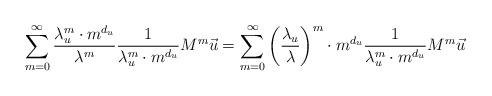
LaTeX: \begin{align*}\sum_{m=0}^{\infty}\frac{\lambda_{u}^m\cdot m^{d_u}}{\lambda^m}\frac{1}{\lambda_{u}^m\cdot m^{d_u}}M^m\vec{u}=\sum_{m=0}^{\infty}\left(\frac{\lambda_u}{\lambda}\right)^m\cdot m^{d_u}\frac{1}{\lambda_{u}^m\cdot m^{d_u}}M^m\vec{u}\end{align*}